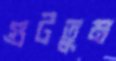
গুটতুম